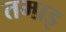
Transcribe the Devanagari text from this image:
तमाइ